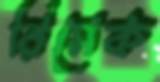
রিমেক